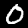
Digit: 0